Juri_Uluots, lk 29
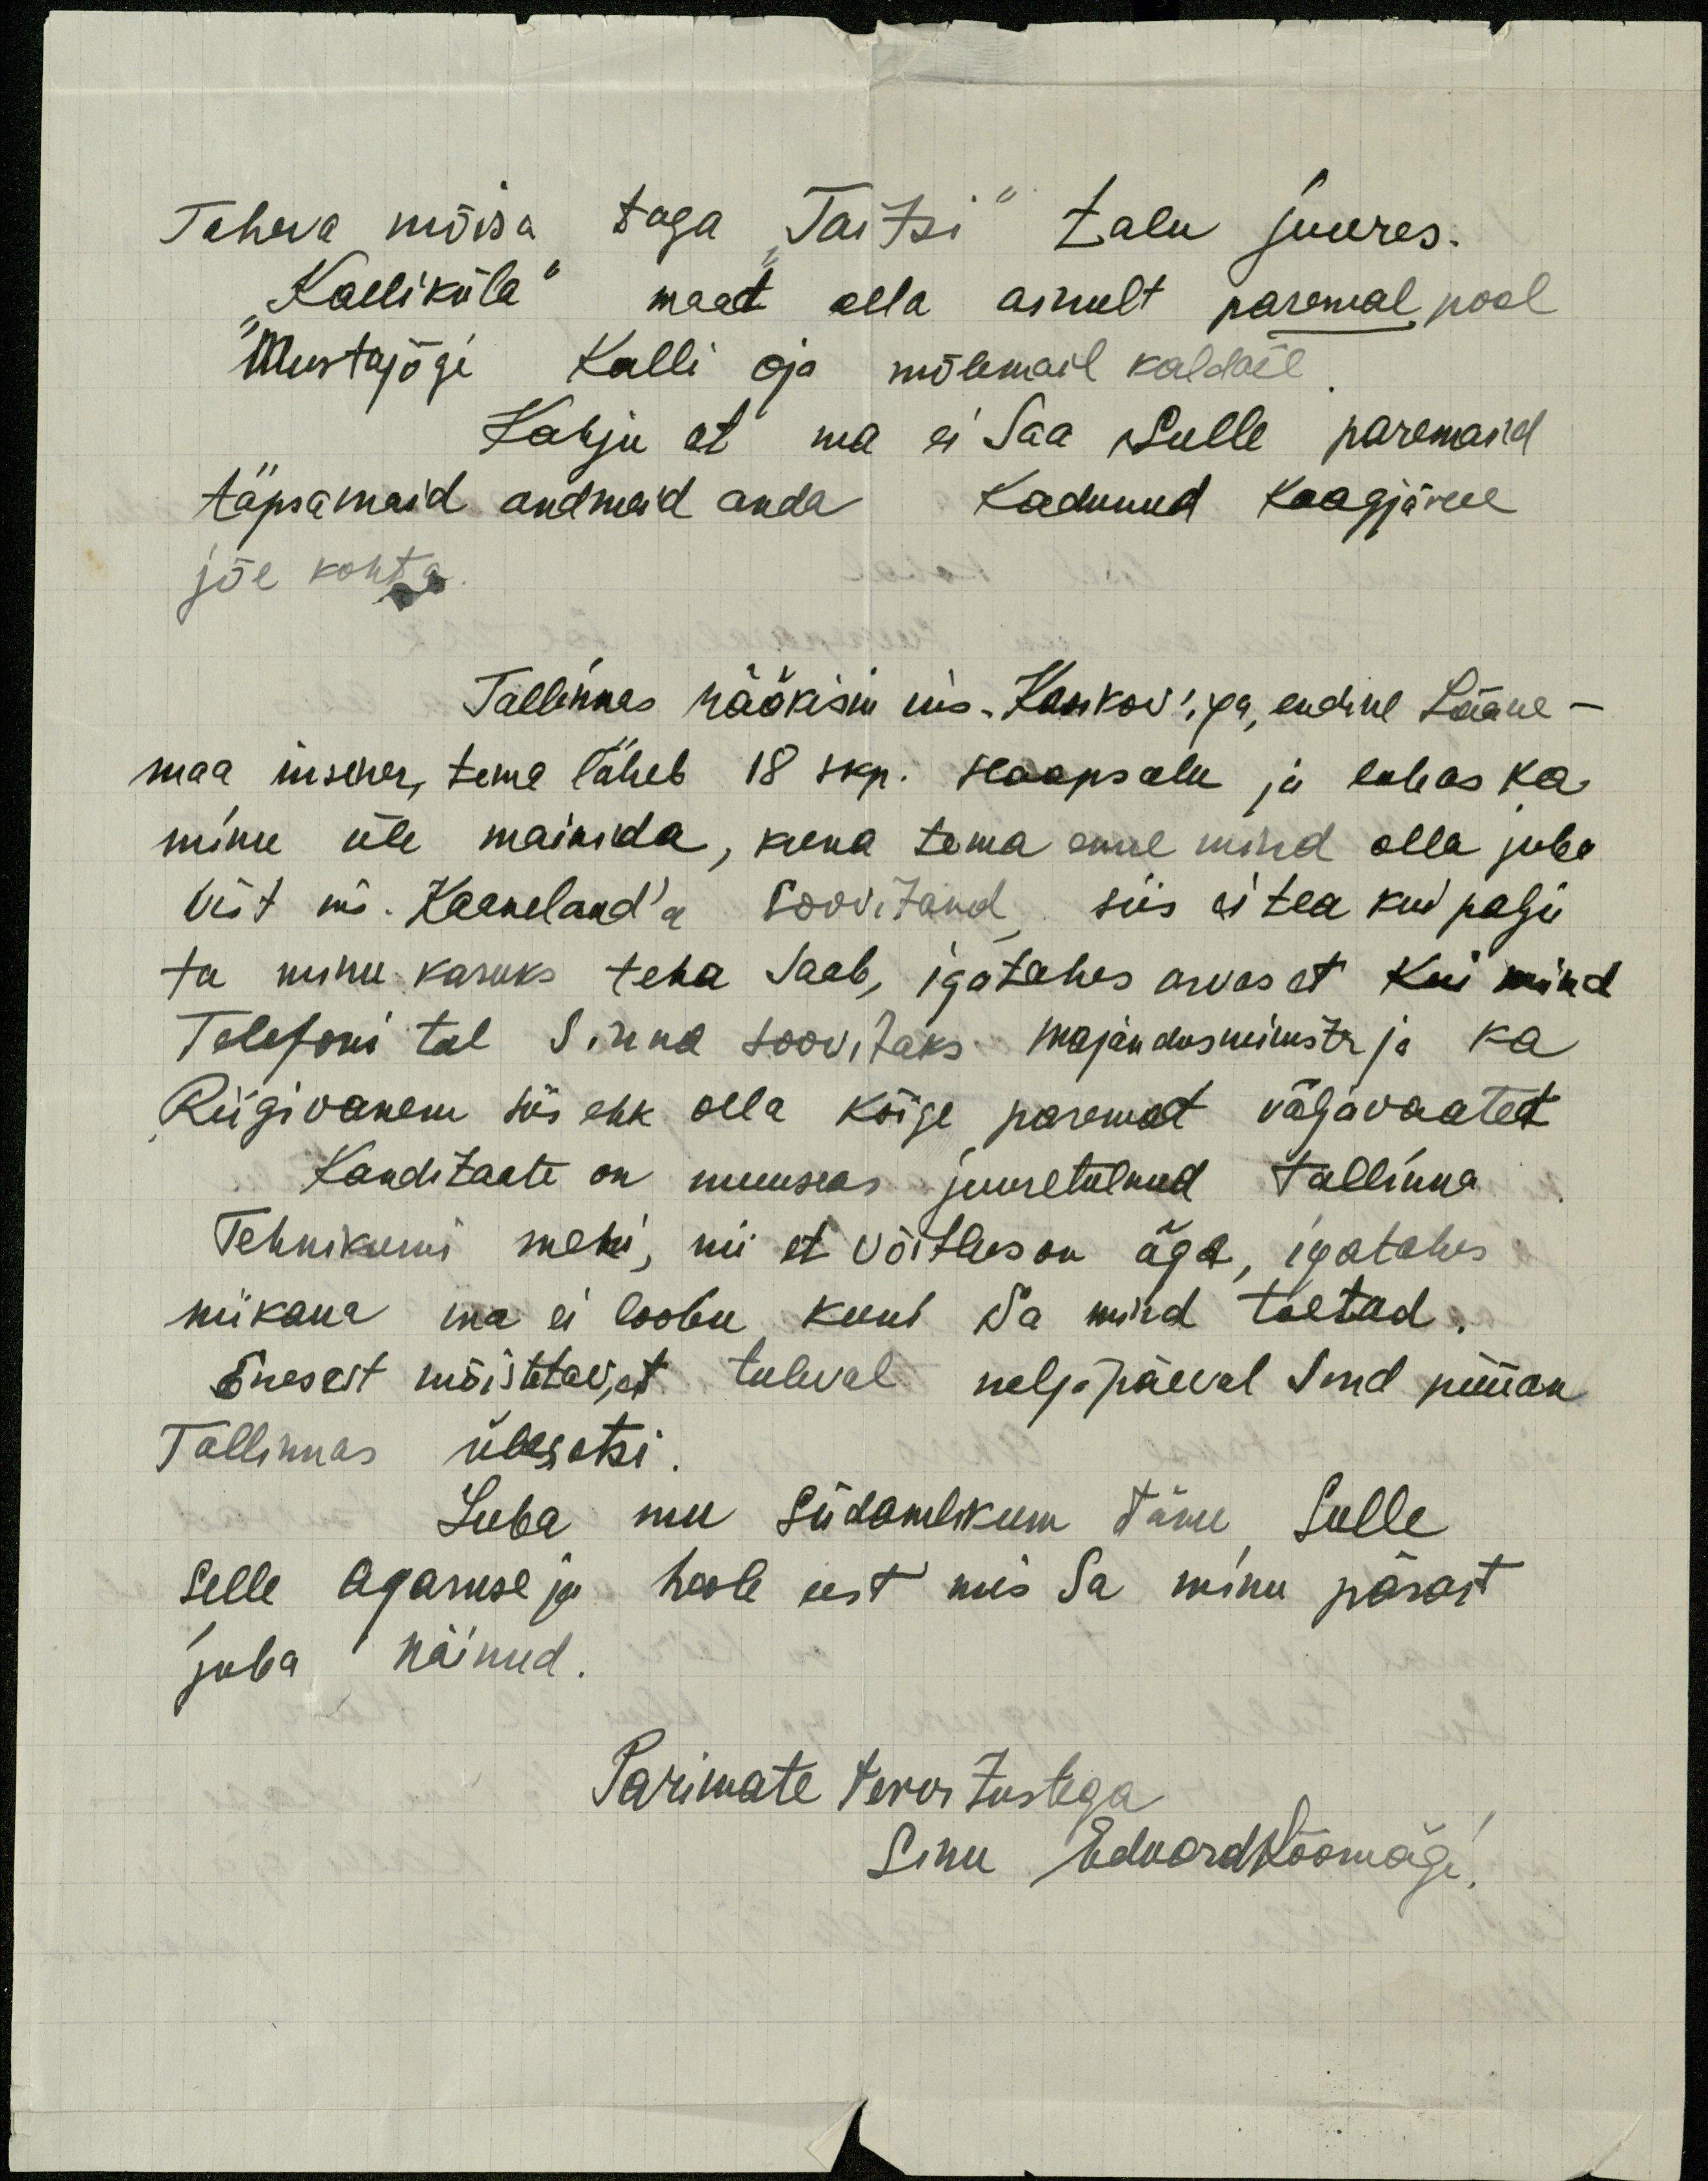
Taheva mõisa taga "Taitsi" talu juures.
"Kalliküla" maad olla ainult paremal pool
Mustajõgi Kalli oja mõlemail kaldail
Kahju et ma ei Saa Sulle paremaid
täpsemaid andmeid anda kadunud Kaagjärve
jõe kohta
Tallinnas rääkisin ins. Kasikov'iga, endine Lääne-
maa insener, tema läheb 18 skp. Haapsalu ja lubas ka
minu üle mainida, kuna tema enne mind olla juba
vist ins. Kaanelaud'a soovitanud siis ei tea kui palju
ta minu kasuks teha saab, igatahes arvas et kui mind
Telefoni teel Sinna soovitaks majandusministr ja ka
Riigivanem siis ehk olla kõige paremad väljavaated
Kanditaate on muuseas juuretulnud Tallinna
Tehnikumi mehi, nii et võitlus on äge, igatahes
niikaua ma ei loobu kuni Sa mind toetad.
Enesest mõistetav, et tuleval neljapäeval Sind püüan
Tallinnas ülesotsi.
Luba mu südamlikum tänu Sulle
selle agaruse ja hoole eest mis Sa minu pärast
juba näinud.
Parimate tervitustega
Sinu Eduard Kõomägi.